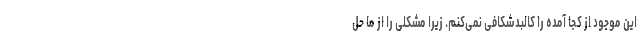
این موجود از کجا آمده را کالبدشکافی نمی‌کنم. زیرا مشکلی را از ما حل